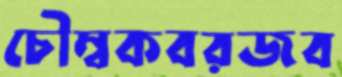
চৌম্বকবরজব